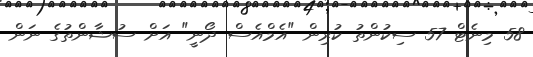
58 މިނެޓް 57 ސިކުންތު ކުރިން "އެމްއެސް ދޯނީ" އަށް ސުޝާންތުގެ ނަން